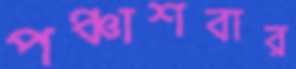
পঞ্চাশবার